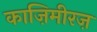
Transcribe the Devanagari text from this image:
काज़िमीरज़